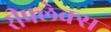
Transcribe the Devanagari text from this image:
रीफ्लेक्स